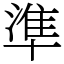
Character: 準